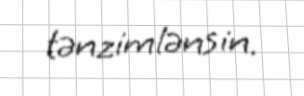
tənzimlənsin.